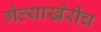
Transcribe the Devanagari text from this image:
गेल्याखेरीच